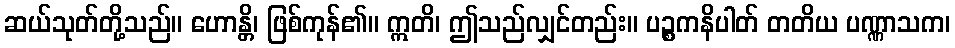
ဆယ်သုတ်တို့သည်။ ဟောန္တိ၊ ဖြစ်ကုန်၏။ ဣတိ၊ ဤသည်လျှင်တည်း။ ပဉ္စကနိပါတ် တတိယ ပဏ္ဏာသက၊